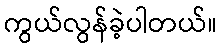
ကွယ်လွန်ခဲ့ပါတယ်။